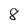
Character: 8